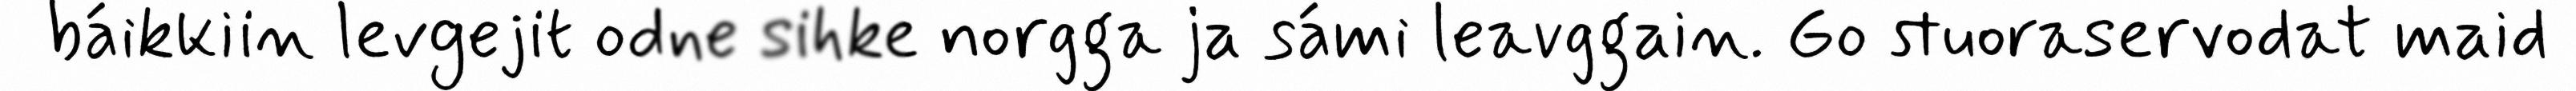
báikkiin levgejit odne sihke norgga ja sámi leavggain. Go stuoraservodat maid